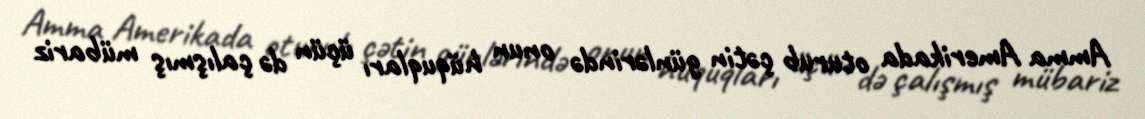
Amma Amerikada oturub çətin günlərində onun hüquqları üçün də çalışmış mübariz